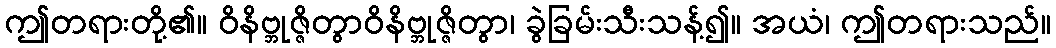
ဤတရားတို့၏။ ဝိနိဗ္ဘုဇ္ဇိတွာဝိနိဗ္ဘုဇ္ဇိတွာ၊ ခွဲခြမ်းသီးသန့်၍။ အယံ၊ ဤတရားသည်။